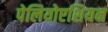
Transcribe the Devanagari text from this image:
पेलियोएशियन